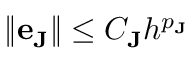
\| \mathbf { e } _ { \mathbf { J } } \| \le C _ { \mathbf { J } } h ^ { p _ { \mathbf { J } } }